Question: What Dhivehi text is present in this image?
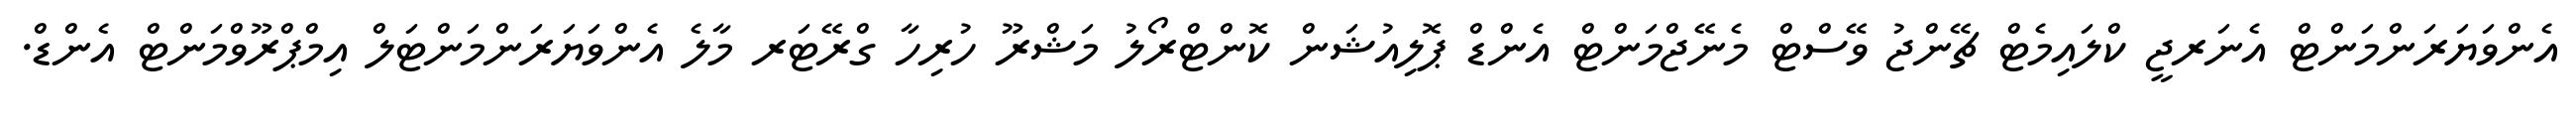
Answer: އެންވަޔަރަންމަންޓް އެނަރޖީ ކްލައިމެޓް ޗޭންޖު ވޭސްޓް މެނޭޖްމަންޓް އެންޑް ޕޮލިއުޝަން ކޮންޓްރޯލު މަޝްރޫ ހުރިހާ ގްރޭޓަރ މާލެ އެންވަޔަރަންމަންޓަލް އިމްޕްރޫވްމަންޓް އެންޑް.